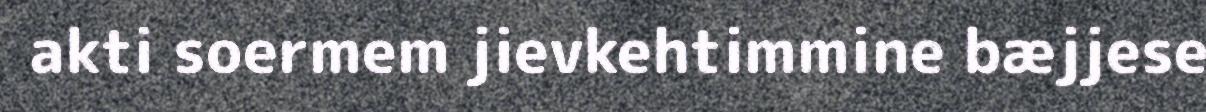
akti soermem jievkehtimmine bæjjese